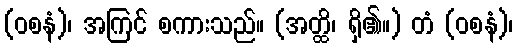
(ဝစနံ)၊ အကြင် စကားသည်။ (အတ္ထိ၊ ရှိ၏။) တံ (ဝစနံ)၊